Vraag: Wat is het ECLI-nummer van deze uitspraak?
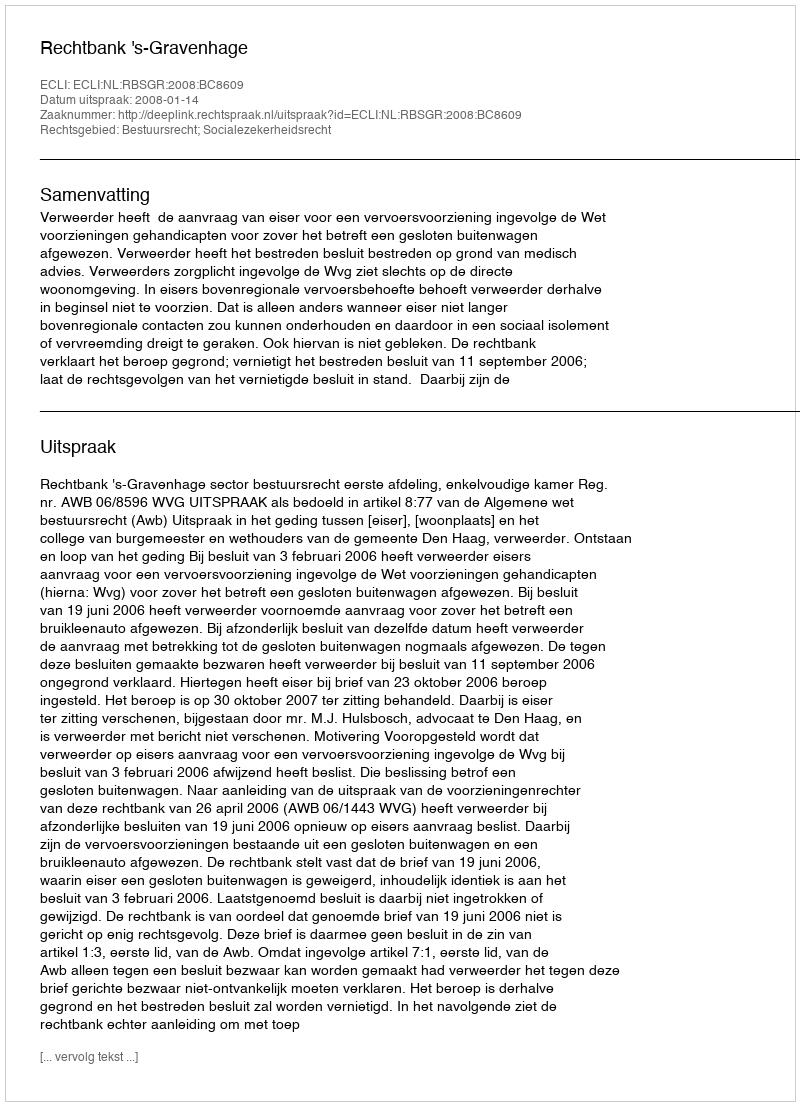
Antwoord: ECLI:NL:RBSGR:2008:BC8609